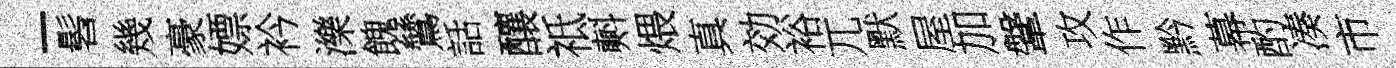
-髫幾豪嫖衿濼餽鷥話釀祗㪺煨真効裕兀默屋加鞶攻作黔幕酌凑市